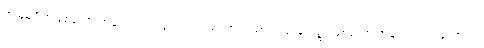
အမြဲမရှိဟုဖြစ်သော အမှတ်လည်းကောင်း။ မရဏသညာ၊ သေခြင်း၌ုဖြစ်သော အမှတ်လည်းကောင်း။